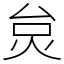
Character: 炱